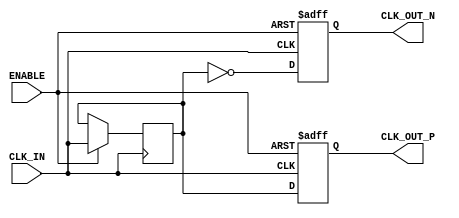
module differential_clock_buffer (
    input wire CLK_IN,     // Single-ended clock input
    input wire ENABLE,     // Enable signal for the buffer
    output reg CLK_OUT_P,  // Differential clock output positive
    output reg CLK_OUT_N   // Differential clock output negative
);

    // Parameters for timing characteristics
    parameter RISE_TIME = 5;    // Example rise time in time units
    parameter FALL_TIME = 5;     // Example fall time in time units

    // Internal signals for the clock edge detection
    reg clk_reg;
    
    always @(posedge CLK_IN or negedge ENABLE) begin
        if (!ENABLE) begin
            CLK_OUT_P <= 1'b0;     // Set outputs low when disabled
            CLK_OUT_N <= 1'b0;
        end else begin
            // Clock edge detection with a delay for rise and fall times
            clk_reg <= CLK_IN; // capture the incoming clock

            // Delay for rise time
            #RISE_TIME CLK_OUT_P <= clk_reg;
            #RISE_TIME CLK_OUT_N <= ~clk_reg; // Inverted output
            
            // Delay for fall time
            #FALL_TIME CLK_OUT_P <= clk_reg;
            #FALL_TIME CLK_OUT_N <= ~clk_reg;
        end
    end

    // Power management (optional)
    // Additional logic can be added for power-on reset functionality 

endmodule